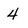
Character: 4